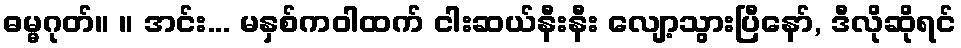
ဓမ္မဂုတ်။ ။ အင်း... မနှစ်ကဝါထက် ငါးဆယ်နီးနီး လျော့သွားပြီနော်, ဒီလိုဆိုရင်